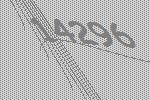
14296